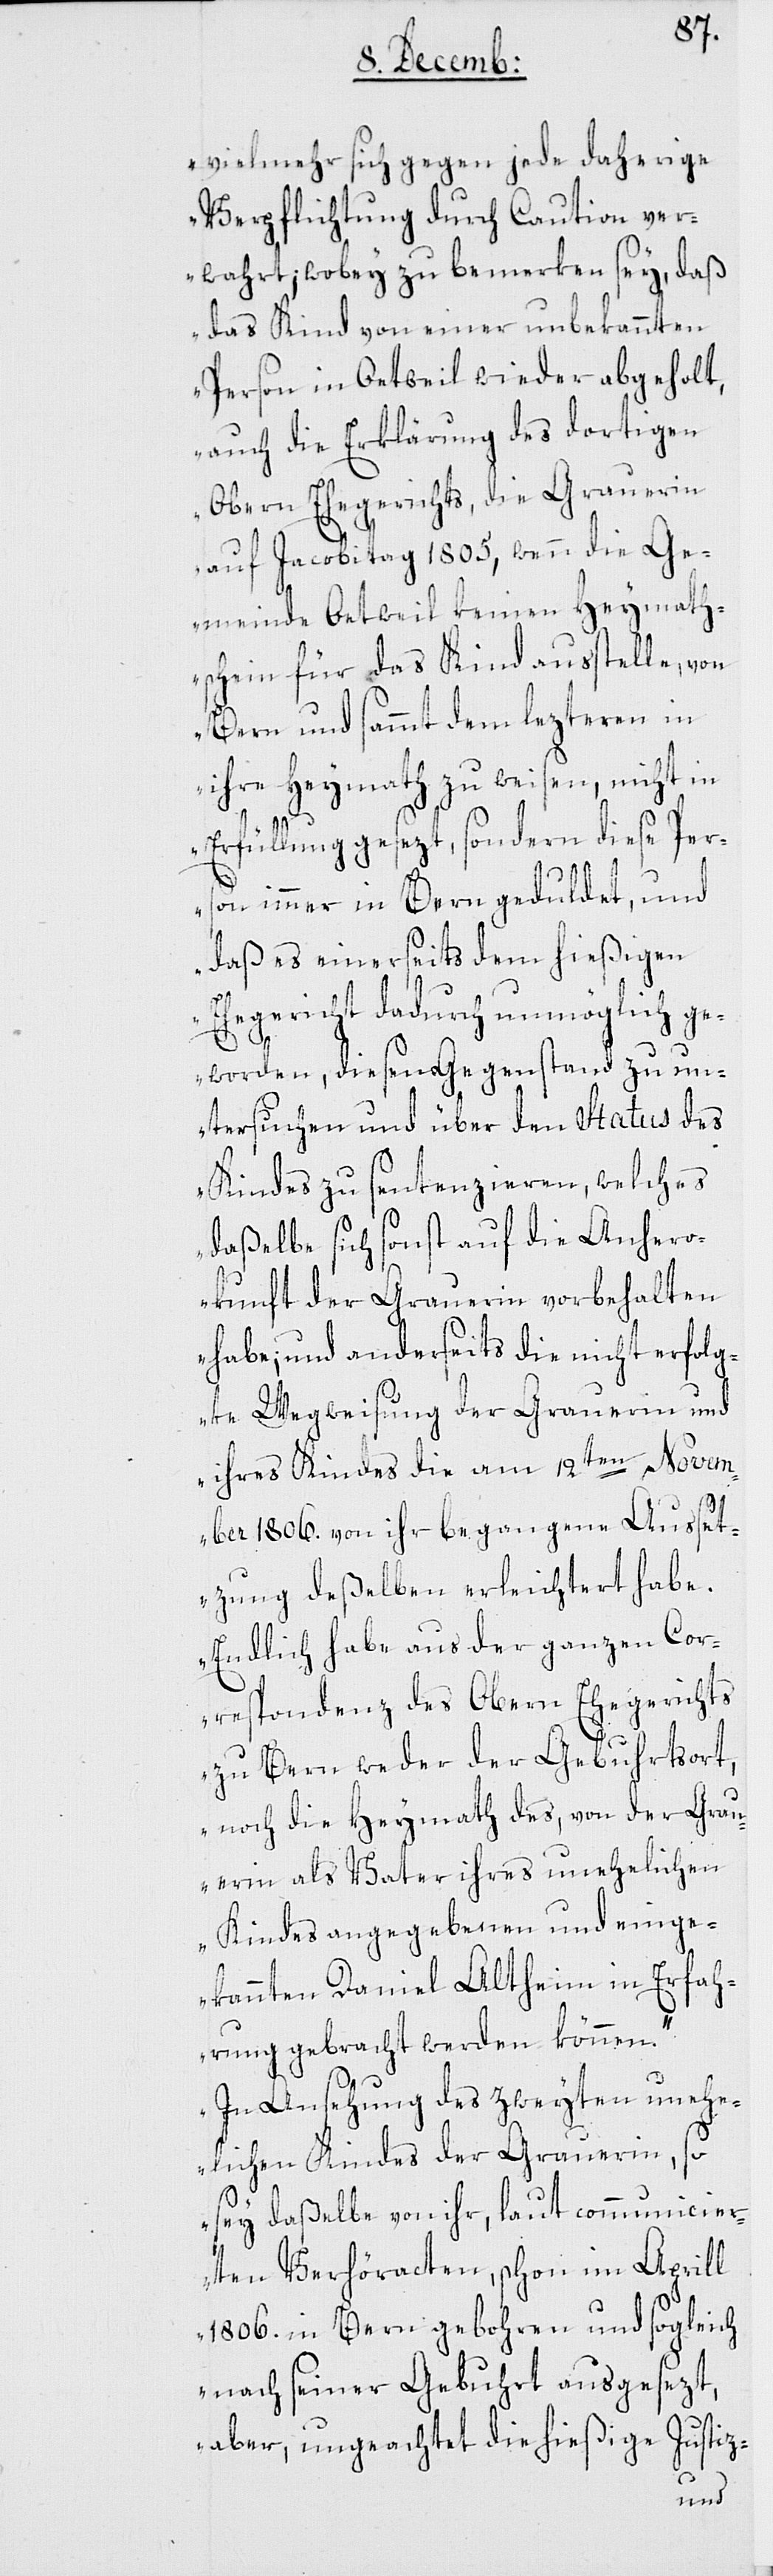
vielmehr sich gegen jede daherige
Verpflichtung durch Caution ver¬
wahrt, wobey zu bemerken sey, daß
das Kind von einer unbekannten
Person in Oetweil wieder abgeholt,
auch die Erklärung des dortigen
obern Ehegerichts, die Grauerin
auf Jacobitag 1805, wenn die Ge¬
meinde Oetweil keinen Heymath¬
schein für das Kind ausstelle, von
Bern und sammt dem lezteren in
ihre Heymath zu weisen, nicht in
Erfüllung gesezt, sondern diese Per¬
son immer in Bern geduldet, und
daß es einerseits dem hießigen
Ehegericht dadurch unmöglich ge¬
worden, diesen Gegenstand zu un¬
tersuchen und über den Status des
Kindes zu sentenzieren, welches
daßelbe doch sonst auf die Anhero¬
kunft der Grauerin vorbehalten
habe; und anderseits die nicht erfolg¬
te Wegweisung der Grauerin und
ihres Kindes die am 12ten Novem¬
ber 1806. von ihr begangene Ausset¬
zung deßelben erleichtert habe.
Endlich habe aus der ganzen Cor¬
respondenz des Obern Ehegerichts
zu Bern weder der Geburtsort
noch die Heymath des von der Grau¬
erin als Vater ihres unehelichen
Kindes angegebenen und einge¬
kannten Daniel Altheim in Erfah¬
rung gebracht werden können.
In Ansehung des zweyten unehe¬
lichen Kindes der Grauerin, so
sey daßelbe von ihr, laut communicier¬
ten Verhöracten, schon im Aprill
1806. in Bern gebohren und sogleich
nach seiner Gebuhrt ausgesezt,
aber ungeachtet die hießige Justiz-